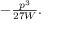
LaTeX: \textstyle - { \frac { p ^ { 3 } } { 2 7 W } } .